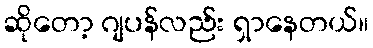
ဆိုတော့ ဂျပန်လည်း ရှာနေတယ်။